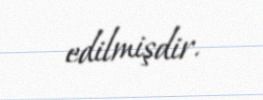
edilmişdir.